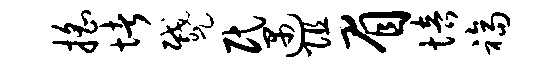
摇堵蹙民遇阻眉培福